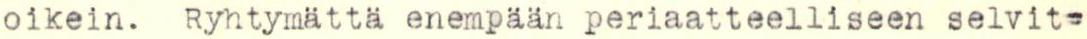
oikein. Ryhtymättä enempään periaatteelliseen selvit-